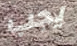
يجب